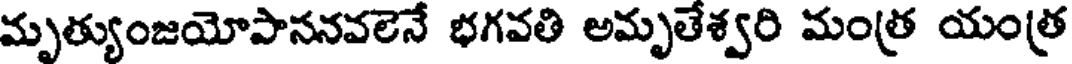
మృత్యుంజయోపాసనవలెనే భగవతి అమృతేశ్వరి మంత్ర యంత్ర